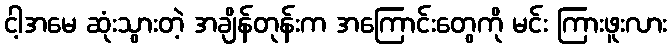
ငါ့အမေ ဆုံးသွားတဲ့ အချိန်တုန်းက အကြောင်းတွေကို မင်း ကြားဖူးလား